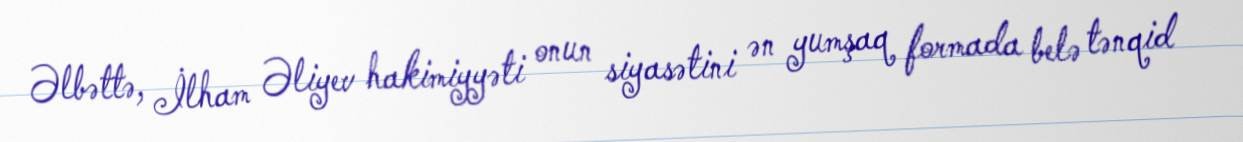
Əlbəttə, İlham Əliyev hakimiyyəti onun siyasətini ən yumşaq formada belə tənqid